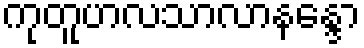
ကုတူဟလသာလာနန္ဒော